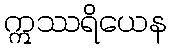
ဣဿရိယေန